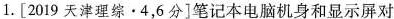
1.[2019天津理综·4，6分]笔记本电脑机身和显示屏对